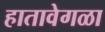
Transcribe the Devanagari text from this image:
हातावेगळा